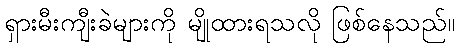
ရှားမီးကျီးခဲများကို မျိုထားရသလို ဖြစ်နေသည်။